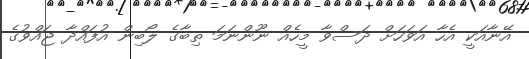
އޭނާއަކީ އެހާ އަވަހަށް ދަސްވާ މީހެއް ނޫންނަމަ ތިބާގެ ލޯބިން އުފައްދާ ޖައްވުގެ